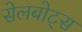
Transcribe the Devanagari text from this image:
सेलबोट्स